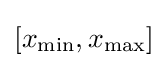
[x_{\min },x_{\max }]